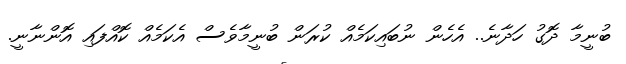
ބުނީމާ ދޮގު ހަދާނެ.. އެހެން ނުބައިކަމެއް ކުރަން ބުނީމާވެސް އެކަމެއް ކޮއްފައި އޮންނާނީ.